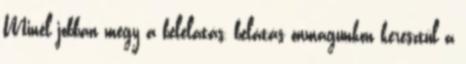
Minél jobban megy a belelátás, belátás önmagunkon keresztül a